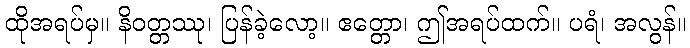
ထိုအရပ်မှ။ နိဝတ္တဿု၊ ပြန်ခဲ့လော့။ ဧတ္တော၊ ဤအရပ်ထက်။ ပရံ၊ အလွန်။